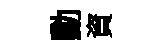
勳資